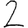
Digit: 2